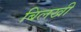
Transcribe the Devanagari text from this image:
बिलखी